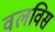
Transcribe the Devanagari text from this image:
वलविस